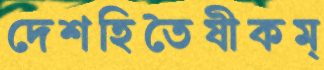
দেশহিতৈষীকম্